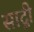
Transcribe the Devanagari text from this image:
साद्गी